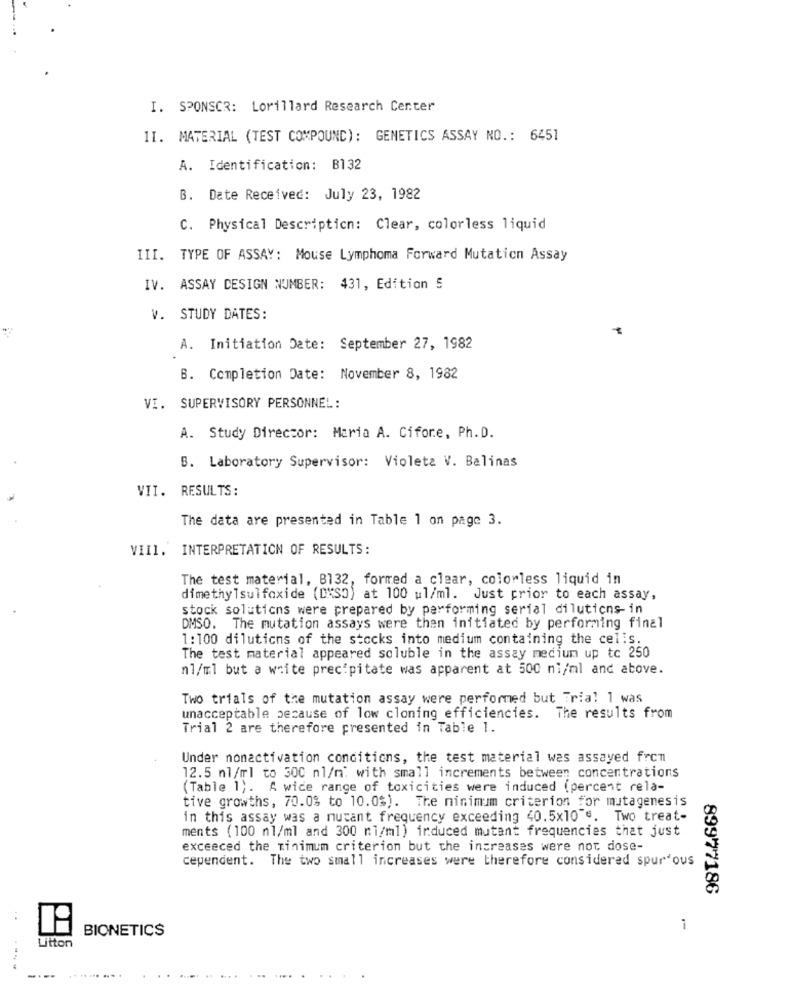
I. SPONSCR: Lorillard Research Center
11. MATERIAL (TEST COMPOUND): GENETICS ASSAY NO .: 6451
A. Identification: B132
B. Date Received: July 23, 1982
C. Physical Description: Clear, colorless liquid
III. TYPE OF ASSAY: Mouse Lymphoma Forward Mutation Assay
IV. ASSAY DESIGN NUMBER: 431, Edition 5
V. STUDY DATES:
A. Initiation Date: September 27, 1982
B. Completion Date: November 8, 1982
VI. SUPERVISORY PERSONNEL:
A. Study Director: Maria A. Cifore, Ph.D.
B. Laboratory Supervisor: Violeta V. Balinas
VII. RESULTS:
The data are presented in Table 1 on page 3.
VIII. INTERPRETATION OF RESULTS:
The test material, B132, formed a clear, colorless liquid in
dimethylsulfoxide (DMSO) at 100 ul/ml. Just prior to each assay,
stock solutions were prepared by performing serial diluticns in
DMSO. The mutation assays were then initiated by performing final
1: 100 dilutions of the stocks into medium containing the cells.
The test material appeared soluble in the assay medium up to 250
nl/ml but a white precipitate was apparent at 500 ni/ml and above.
Two trials of the mutation assay were performed but Trial 1 was
unacceptable because of low cloning efficiencies. The results from
Trial 2 are therefore presented in Table 1.
Under nonactivation conditions, the test material was assayed from
12.5 nl/ml to 300 nl/m: with small increments between concentrations
(Table 1). A wide range of toxicities were induced (percent rela-
tive growths, 70.0% to 10.0%). The minimum criterion for mutagenesis
in this assay was a nucant frequency exceeding 40.5x10"". Two treat-
ments (100 nl/ml and 300 ni/ml) induced mutant frequencies that just
exceeced the minimum criterion but the increases were not dose-
cependent. The two small increases were therefore considered spur ous
89977186
:
BIONETICS
Litton
----